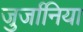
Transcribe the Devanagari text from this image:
जुर्जानिया